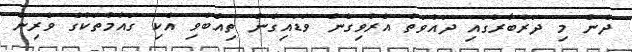
ދެން މި ދަރުބާރުގައި ދައުވަތު އެރުވިގެން ވަޑައިގެން ތިއްބެވި އެކި ގައުމުތަކުގެ ވެރިން